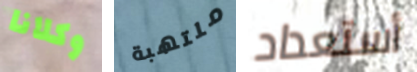
وكلانا ملتهبة أستعداد